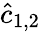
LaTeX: \hat{c}_{1,2}